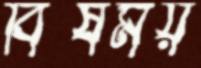
বিষময়